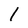
Character: 1